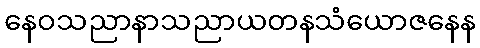
နေဝသညာနာသညာယတနသံယောဇနေန